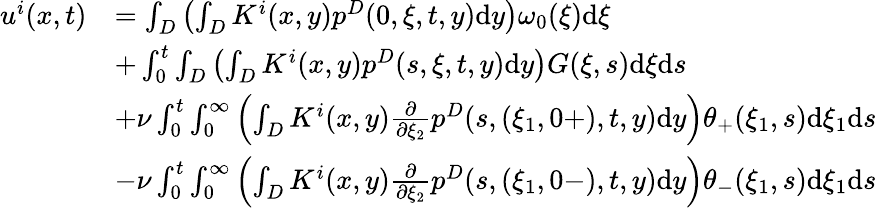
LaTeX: \begin{array}{rl}{u^{i}(x,t)}&{=\int_{D}\left(\int_{D}K^{i}(x,y)p^{D}(0,\xi,t,y)\textrm{d}y\right)\omega_{0}(\xi)\textrm{d}\xi}\\ &{+\int_{0}^{t}\int_{D}\left(\int_{D}K^{i}(x,y)p^{D}(s,\xi,t,y)\textrm{d}y\right)G(\xi,s)\textrm{d}\xi\textrm{d}s}\\ &{+\nu\int_{0}^{t}\int_{0}^{\infty}\left(\int_{D}K^{i}(x,y)\frac{\partial}{\partial\xi_{2}}p^{D}(s,(\xi_{1},0+),t,y)\textrm{d}y\right)\theta_{+}(\xi_{1},s)\textrm{d}\xi_{1}\textrm{d}s}\\ &{-\nu\int_{0}^{t}\int_{0}^{\infty}\left(\int_{D}K^{i}(x,y)\frac{\partial}{\partial\xi_{2}}p^{D}(s,(\xi_{1},0-),t,y)\textrm{d}y\right)\theta_{-}(\xi_{1},s)\textrm{d}\xi_{1}\textrm{d}s}\end{array}